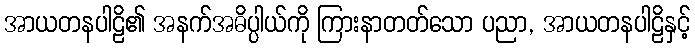
အာယတနပါဠိ၏ အနက်အဓိပ္ပါယ်ကို ကြားနာတတ်သော ပညာ, အာယတနပါဠိနှင့်